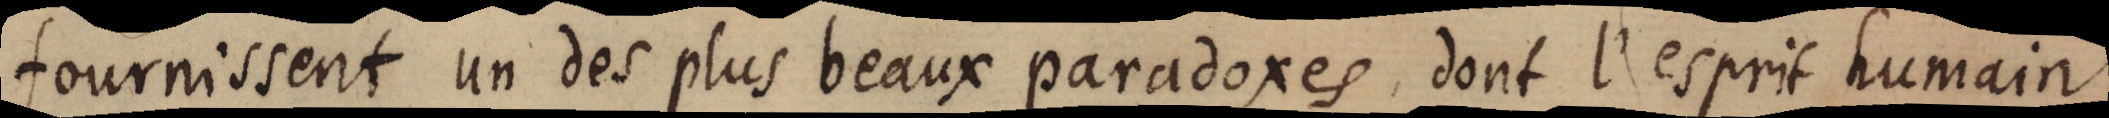
fournissent un des plus beaux paradoxes, dont l’esprit humain